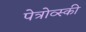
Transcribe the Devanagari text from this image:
पेत्रोव्स्की